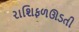
રાશિફળઊડતી